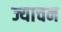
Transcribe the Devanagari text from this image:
ज्याचन